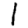
Digit: 1